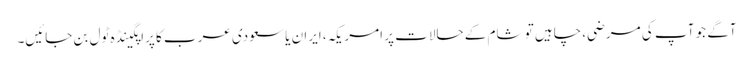
آگے جو آپ کی مرضی، چاہیں تو شام کے حالات پر امریکہ، ایران یا سعودی عرب کا پراپگینڈہ ٹول بن جائیں۔